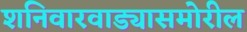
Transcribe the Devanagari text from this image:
शनिवारवाड्यासमोरील